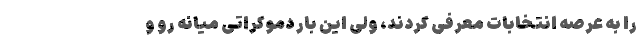
را به عرصه انتخابات معرفی کردند، ولی این بار دموکراتی میانه رو و